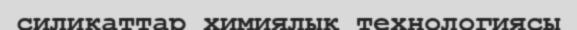
силикаттар химиялық технологиясы